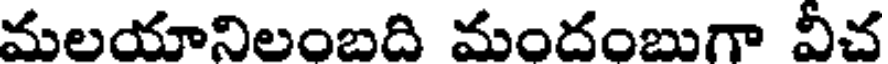
మలయానిలంబది మందంబుగా వీచ